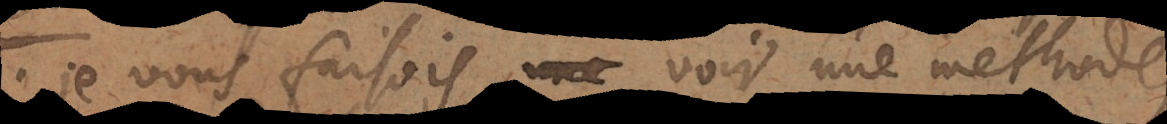
je vous faisois voir une me